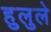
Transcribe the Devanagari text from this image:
हुलुले